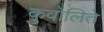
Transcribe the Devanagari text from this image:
कुवोलिते